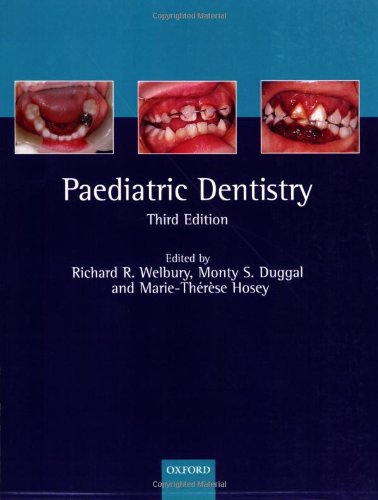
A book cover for Paediatric Dentistry (Oxford Medical Publications); Medical Books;